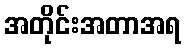
အတိုင်းအတာအရ